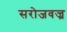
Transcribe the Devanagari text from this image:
सरोजवज्र